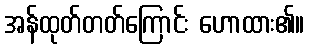
အန်ထုတ်တတ်ကြောင်း ဟောထား၏။